Report on vaccination in Madras 1922-1929 - 1922-1929
Year: 1922
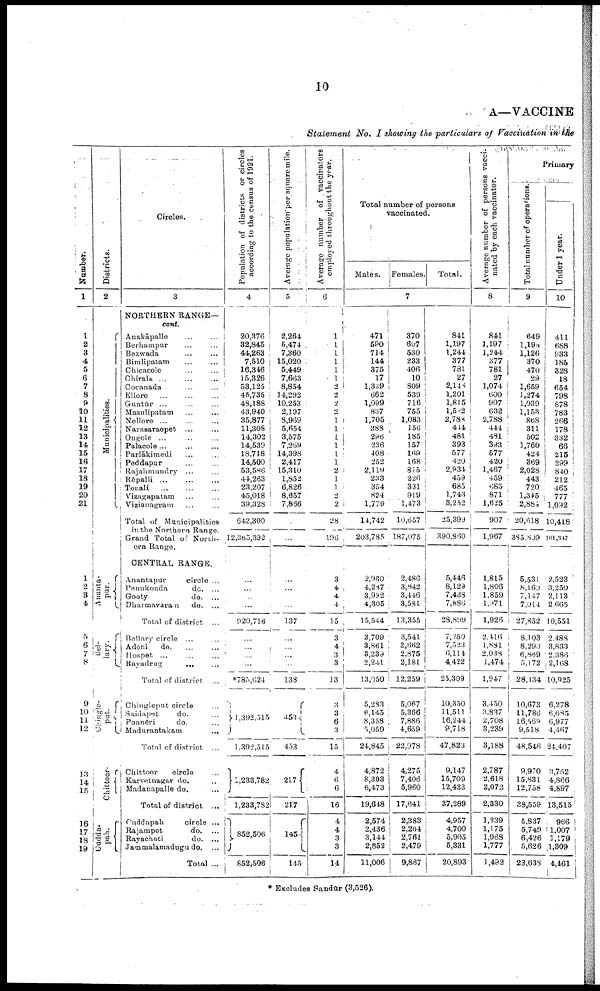
10
A—VACCINE
Statement No. I showing the particulars of Vaccination in the
Number.
1
1
2
3
4
5
6
7
8
9
10
11
12
13
14
15
16
17
18
19
20
21
1
2
3
4
5
6
7
8
9
10
11
12
13
14
15
16
17
18
l9
Districts.
2
Municipalities.
Ananta·
pur.
Bel-
lary.
Chingle-
put.
Chittoor·
Cudda-
pah.
Circles.
3
NORTHERN RANGE—
cont.
Anakāpalle... ...
Berhampur... ...
Bezwada... ...
Bimlipatam... ...
Chicacole... ...
Chirala... ...
Cocanada... ...
Ellore... ...
Guntur... ... ...
Masulipatam... ...
Nellore... ...
Narasaraopet... ...
Ongole... ...
Palacole... ...
Parlākimedi... ...
Peddapur... ...
Rajahmundry... ...
Rēpalli... ... ...
Tenali... ...
...
Vizagapatam... ... ...
Vizianagram
Total of Municipalities
in the Northern Range.
Grand Total of North-
ern Range.
CENTRAL RANGE.
Anantapur
circle ...
Penukonda do... ... ...
Gooty
do. ...
Dharmavaran
do. ...
Total of district ...
Bellary circle... ...
Adōni
do. ... ...
Hospet ...
Rayadrug...
...
Total of district...
Chingleput circle... ...
Saidapet
do. ...
Ponneri
do. ...
Madurantakatn
...
Total of district ...
Chittoor circle...
Karvetnagar do. ...
Madanapalle do. ...
Total of district... ...
Cuddapah
circle ...
Rajampet
do. ...
Rayachoti
do. ...
Jammalamadugu do. ...
Total ...
Population of districts or circles
according to the census of 1921.
4
20,376
32,845
44,263
7,510
16,346
15,326
53,125
45,735
48,188
43,940
35,877
11,308
14,302
14,539
18,718
14,500
53,586
44,263
23,207
45,018
39,328
642,300
12,365,392
...
...
...
...
920,716
...
...
...
...
*785,624
1,392,515
1,392,515
1,233,782
1,233,782
852,506
852,506
Average population per square mile.
5
2,264
5,474
7,360
15,020
5,449
7,663
8,854
14,292
10,253
2,197
8,969
5,654
3,575
7,269
14,398
2,417
15,310
1,852
6,826
8,657
7,866
...
...
...
...
...
...
137
...
...
...
...
138
453
453
217
217
145
145
Average number of vaccinators
employed throughout the year.
6
1
1
1
1
1
1
2 2
2
2
1
1
1
1
1
1
2
1
1
2
2
28
196
3
4
4
4
15
3
4
3
3
13
3
3
6
3
15
4
6
6
16
4
4
3
3
14
Total number of persons
vaccinated.
Males.
Females.
Total.
7
471
590
714
144
375
17
1,339
662
1,099
837
1,705
288
296
236
408
252
2,119
233
354
824
1,779
14,742
203,785
2,960
4,287
3,992
4,305
15,544
3,709
3,861
3,239
2,241
13,950
5,283
6,145
8,358
5,059
24,845
4,872
8,303
6,473
19,648
2,574
2,436
3,144
2,852
11,006
370
607
530
233
406
10
809
539
716
755
1,083
156
185
157
169
168
815
226
331
919
1,473
10,657
187,075
2,486
3,842
3,446
3,581
13,355
3,541
3,662
2,875
2,181
12,259
5,067
5,366
7,886
4,659
22,978
4,275
7,406
5,960
17,641
2,383
2,264
2,761 2,479
9,887
841
1,197
1,244
377
781
27
2,148
1,201
1,815
l,542
2,788
444
481
393
577
420
2,934
459
685
ł,743
3,252
25,399
390,860
5,446
8,129
7,438
7,886
28,899
7,250
7,523
6,114
4,422
25,309
10,350
11,511
16,244
9,718
47,823
9,147
15,709
12,433
37,289
4,957
4,700
5,905
5,331
20,893
Average number of persons vacci
nated by each vaccinator.
8
841
1,197
1,244
377
781
27
1,074
600
907
632
2,788
444
481
393
577
420
1,467
459
685
871
1,625
907
1,967
1,815
1,806
1,859
1,971
1,926
2,416
1,881
2,038
1,474
1,947
3,450
3,837
2,708
3,239
3,188
2,787
2,618
2,072
2,330
1,239
1,175
1,963
1,777
1,492
Primary
Total number of operations.
9
649
1,193
1,126
370
470
29
1,659
1,274
1,039
1,153
868
311
502
1,760
424
369
2,028
443
720
1,345
2,884
20,618
385,809
5,531
8,160
7,147
7,014
27,852
8,103
8,290
6,869
5,172
28,134
10,673
11,786
16,569
9,518
48,546
9,970
15,831
12,758
38,559
5,837
5,749
6,426 5,626
23,638
Under 1 year.
l0
411
688
933
185
328
18
654
798
878
783
266
178
332
66
215
299
840
212
465
777
1,092
10,418
101,347
2,523
3,250
2,113
2,665
10,551
2,488
3,833
2,386
2,168
10,925
6,278
6,685
6,977
4,467
24,407
3,752
4,866
4,897
13,515
966
1,007
1,179
1,309
4,161
* Excludes Sandūr (3,526).